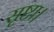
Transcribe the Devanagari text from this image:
सृष्टा।